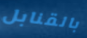
بالقنابل